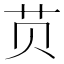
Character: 𱽎